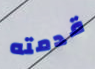
قدمته